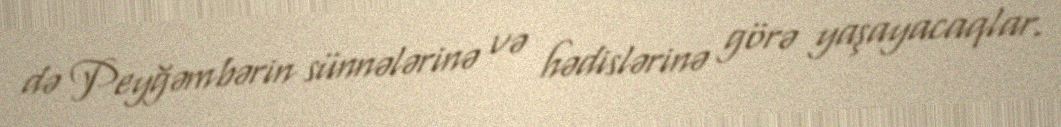
də Peyğəmbərin sünnələrinə və hədislərinə görə yaşayacaqlar.